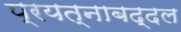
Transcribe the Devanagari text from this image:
प्रयत्नाबद्दल